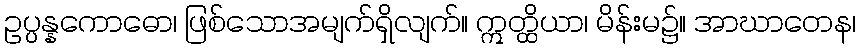
ဥပ္ပန္နကောဓော၊ ဖြစ်သောအမျက်ရှိလျက်။ ဣတ္ထိယာ၊ မိန်းမ၌။ အာဃာတေန၊